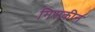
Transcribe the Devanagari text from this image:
मिसकीन